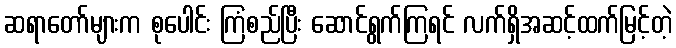
ဆရာတော်များက စုပေါင်း ကြံစည်ပြီး ဆောင်ရွက်ကြရင် လက်ရှိအဆင့်ထက်မြင့်တဲ့